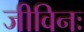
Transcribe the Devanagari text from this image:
जीविनः